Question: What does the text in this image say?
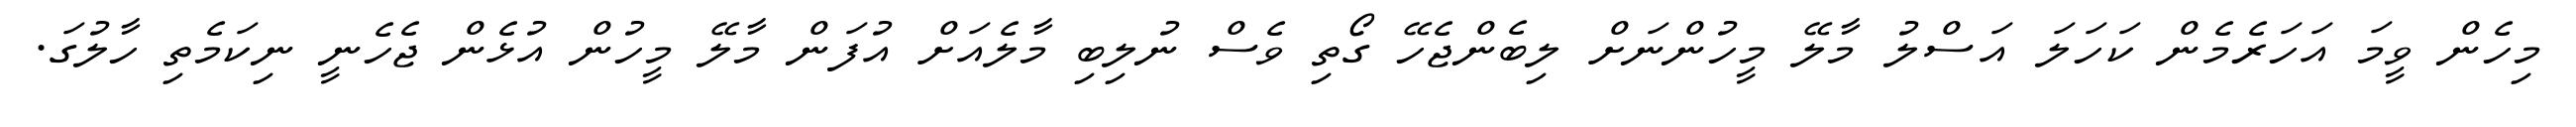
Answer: މިހެން ވީމަ އަހަރެމެން ކަހަލަ އަސްލު މާލޭ މީހުންނަށް ލިބެންޖެހޭ ގޯތި ވެސް ނުލިބި މާލެއަށް އުފަން މާލޭ މީހުން އުޅެން ޖެހެނީ ނިކަމެތި ހާލުގަ.